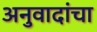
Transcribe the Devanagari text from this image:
अनुवादांचा